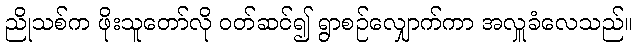
ညိုသစ်က ဖိုးသူတော်လို ဝတ်ဆင်၍ ရွာစဉ်လျှောက်ကာ အလှူခံလေသည်။